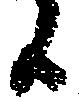
候